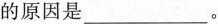
的原因是___。